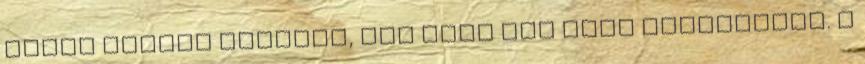
sötét helyen tárolja, így akár fél évig eltartható. A